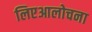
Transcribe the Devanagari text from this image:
लिएआलोचना